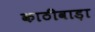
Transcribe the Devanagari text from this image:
काठीवाड़ा